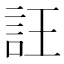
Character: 𧥶